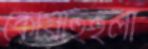
কোয়াহুইলা